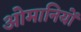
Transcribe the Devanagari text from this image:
ओमानियों